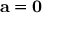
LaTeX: \mathbf { a } = \mathbf { 0 }